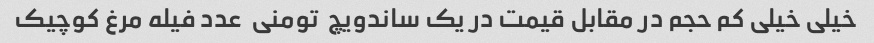
خیلی خیلی کم حجم در مقابل قیمت در یک ساندویچ  تومنی  عدد فیله مرغ کوچیک